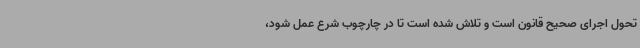
تحول اجرای صحیح قانون است و تلاش شده است تا در چارچوب شرع عمل شود،